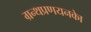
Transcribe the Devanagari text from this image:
ग्रन्थप्रणयनकाे